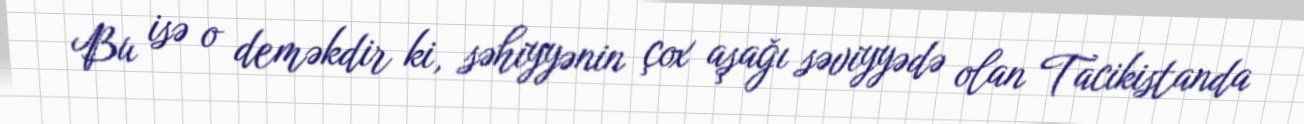
Bu isə o deməkdir ki, səhiyyənin çox aşağı səviyyədə olan Tacikistanda